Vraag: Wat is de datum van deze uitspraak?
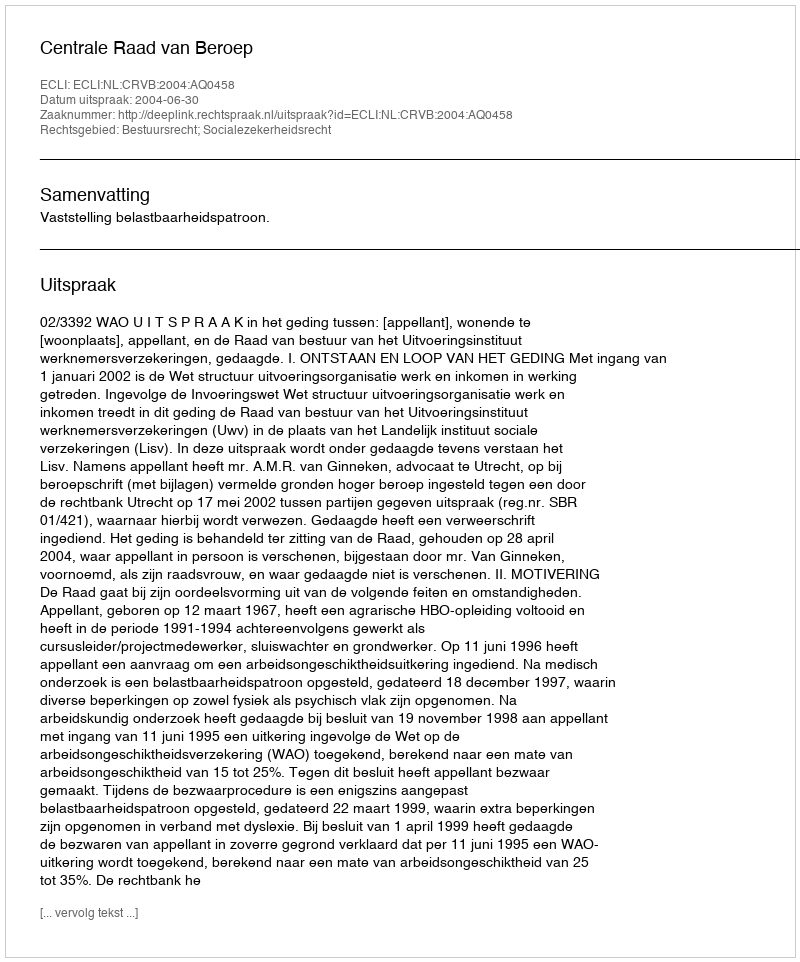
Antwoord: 2004-06-30